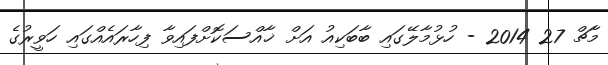
މާޗް 27 2014 - ހުޅުމާލޭގައި ބާބަކިއު އަށް ޚާއްސަކޮށްފައިވާ ފިހާރައެއްގައި ހަވީރުގެ